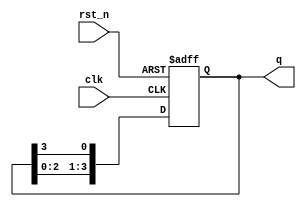
module bistable_ring_counter #(
    parameter N = 4  // Number of flip-flops
) (
    input wire clk,        // Clock input
    input wire rst_n,      // Asynchronous active-low reset
    output reg [N-1:0] q   // Output state of the counter
);

// Initial state: Set first flip-flop to 1, others to 0
initial begin
    q = 1'b1; // Initial state: 1000 for N=4
end

always @(posedge clk or negedge rst_n) begin
    if (!rst_n) begin
        // On reset, initialize the state
        q <= 1'b1; // Reset state: 1000 for N=4
    end else begin
        // Shift the '1' bit to the right
        q <= {q[N-2:0], q[N-1]}; // Shift operation
    end
end

endmodule